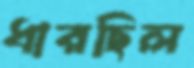
ধারছিল